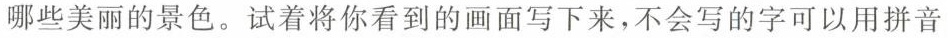
哪些美丽的景色。试着将你看到的画面写下来，不会写的可以用拼音